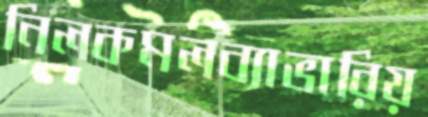
নিলকমলব্যাভারিয়